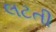
લટતી